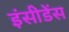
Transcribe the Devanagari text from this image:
इंसीडेंस